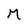
Character: M